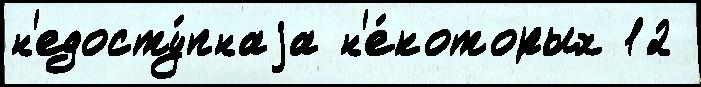
н'едосту́пнаjа н'е́которых 12